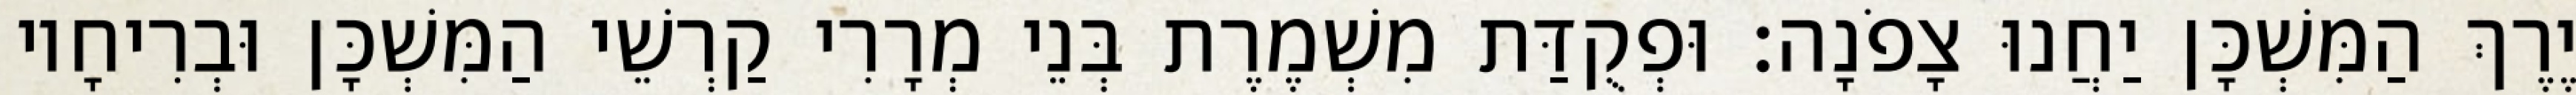
יֶרֶךְ הַמִּשְׁכָּן יַחֲנוּ צָפֹנָה׃ וּפְקֻדַּת מִשְׁמֶרֶת בְּנֵי מְרָרִי קַרְשֵׁי הַמִּשְׁכָּן וּבְרִיחָיו